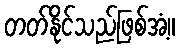
တတ်နိုင်သည်ဖြစ်အံ့။